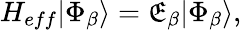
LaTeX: {H_{eff}}|\Phi_{\beta}\rangle=\mathfrak{E}_{\beta}|\Phi_{\beta}\rangle,